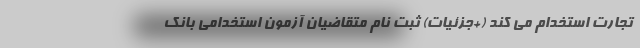
تجارت استخدام می کند (+جزئیات) ثبت نام متقاضیان آزمون استخدامی بانک